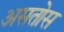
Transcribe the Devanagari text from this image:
असतोस